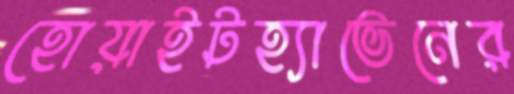
হোয়াইটহ্যাভেনের